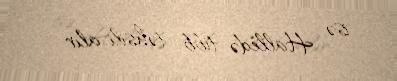
isə Halledə tibb təhsili alır .